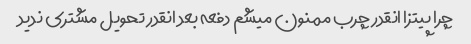
چرا پیتزا انقدر چرب ممنون میشم دفعه بعد انقدر تحویل مشتری ندید